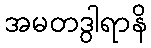
အမတဒွါရာနိ